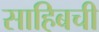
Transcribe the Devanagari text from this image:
साहिबची